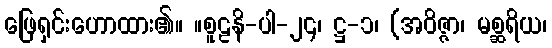
ဖြေရှင်းဟောထား၏။ ။စူဠနိ-ပါ-၂၄၊ ဋ္ဌ-၁၊ (အဝိဇ္ဇာ၊ မစ္ဆရိယ၊